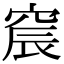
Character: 䆣